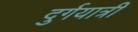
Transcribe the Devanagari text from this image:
दुर्गयात्री